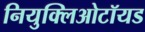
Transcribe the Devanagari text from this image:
नियुक्लिओटॉयड